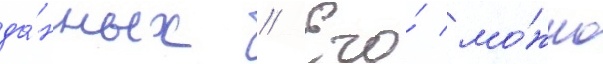
да́нных // Его́ мо́жно